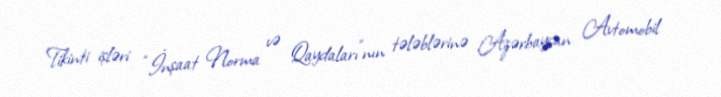
Tikinti işləri “İnşaat Norma və Qaydaları”nın tələblərinə Azərbaycan Avtomobil